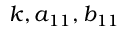
k , a _ { 1 1 } , b _ { 1 1 }